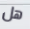
هل